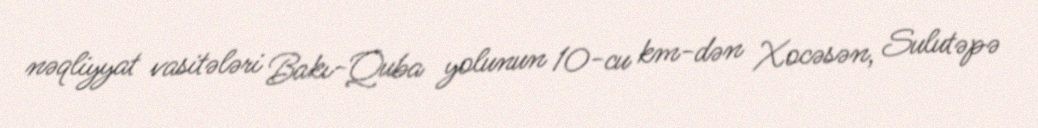
nəqliyyat vasitələri Bakı-Quba yolunun 10-cu km-dən Xocəsən, Sulutəpə